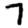
Digit: 7